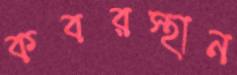
কবরস্থান